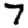
Digit: 7